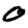
Digit: 0